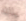
يالله